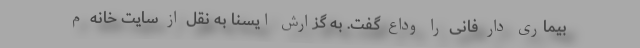
بیماری دار فانی را وداع گفت. به گزارش ایسنا به نقل از سایت خانه م